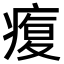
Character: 𤸑